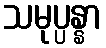
သမုပ္ပန္နာ